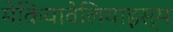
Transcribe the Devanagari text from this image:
मेकियावेलियाइस्म